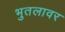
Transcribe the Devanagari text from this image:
भुतलावर